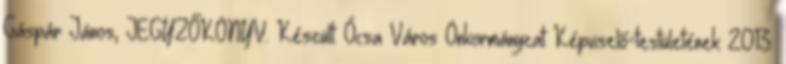
Gáspár János, JEGYZŐKÖNYV. Készült: Ócsa Város Önkormányzat Képviselő-testületének 2013.